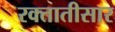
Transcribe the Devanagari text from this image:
रक्तातीसार